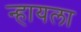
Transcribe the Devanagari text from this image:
न्हायला